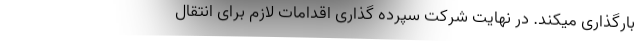
بارگذاری میکند. در نهایت شرکت سپرده گذاری اقدامات لازم برای انتقال